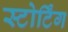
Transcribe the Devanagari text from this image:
स्टोर्टिंग